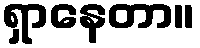
ရှာနေတာ။